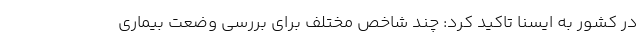
در کشور به ایسنا تاکید کرد: چند شاخص مختلف برای بررسی وضعت بیماری